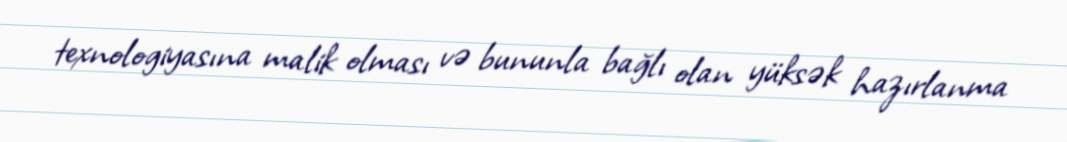
texnologiyasına malik olması və bununla bağlı olan yüksək hazırlanma